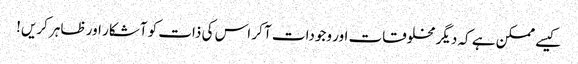
کیسے ممکن ہے کہ دیگر مخلوقات اور وجودات آ کر اس کی ذات کو آشکار اور ظاہر کریں!